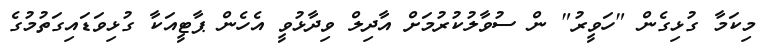
މިކަމާ ގުޅިގެން "ހަވީރު" ން ސުވާލުކުރުމަށް އާދިލް ވިދާޅުވީ އެހެން ޕާޓީއަކާ ގުޅިވަޑައިގަތުމުގެ